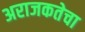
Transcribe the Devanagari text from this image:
अराजकतेचा